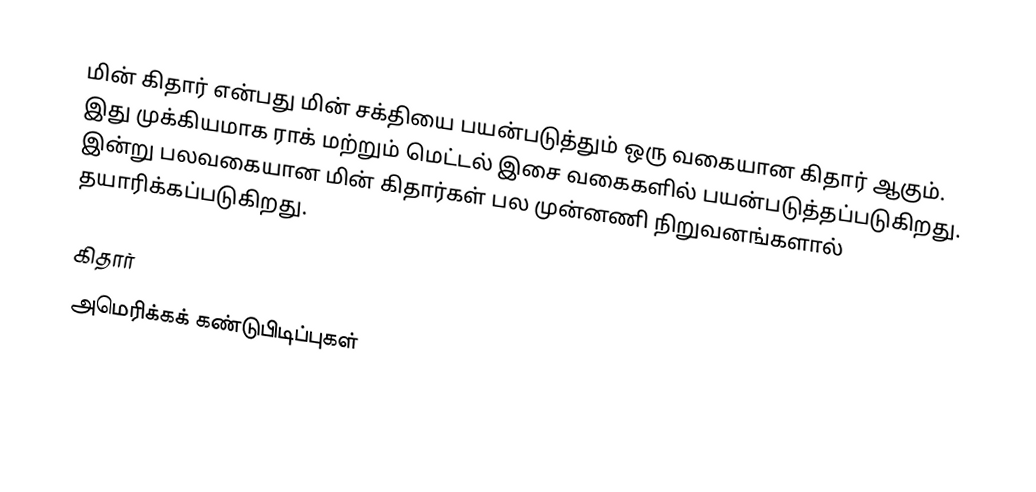
மின் கிதார் என்பது மின் சக்தியை பயன்படுத்தும் ஒரு வகையான கிதார் ஆகும். இது முக்கியமாக ராக் மற்றும் மெட்டல் இசை வகைகளில் பயன்படுத்தப்படுகிறது. இன்று பலவகையான மின் கிதார்கள் பல முன்னணி நிறுவனங்களால் தயாரிக்கப்படுகிறது.

கிதார்
அமெரிக்கக் கண்டுபிடிப்புகள்